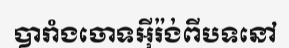
បារាំងចោទអ៊ីរ៉ង់ពីបទនៅ